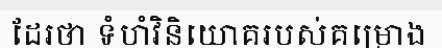
ដែរថា ទំហំវិនិយោគរបស់គម្រោង